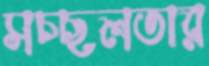
সচ্ছলতার